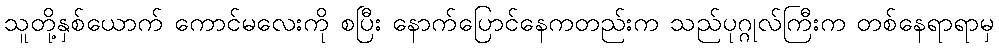
သူတို့နှစ်ယောက် ကောင်မလေးကို စပြီး နောက်ပြောင်နေကတည်းက သည်ပုဂ္ဂုလ်ကြီးက တစ်နေရာရာမှ